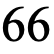
66